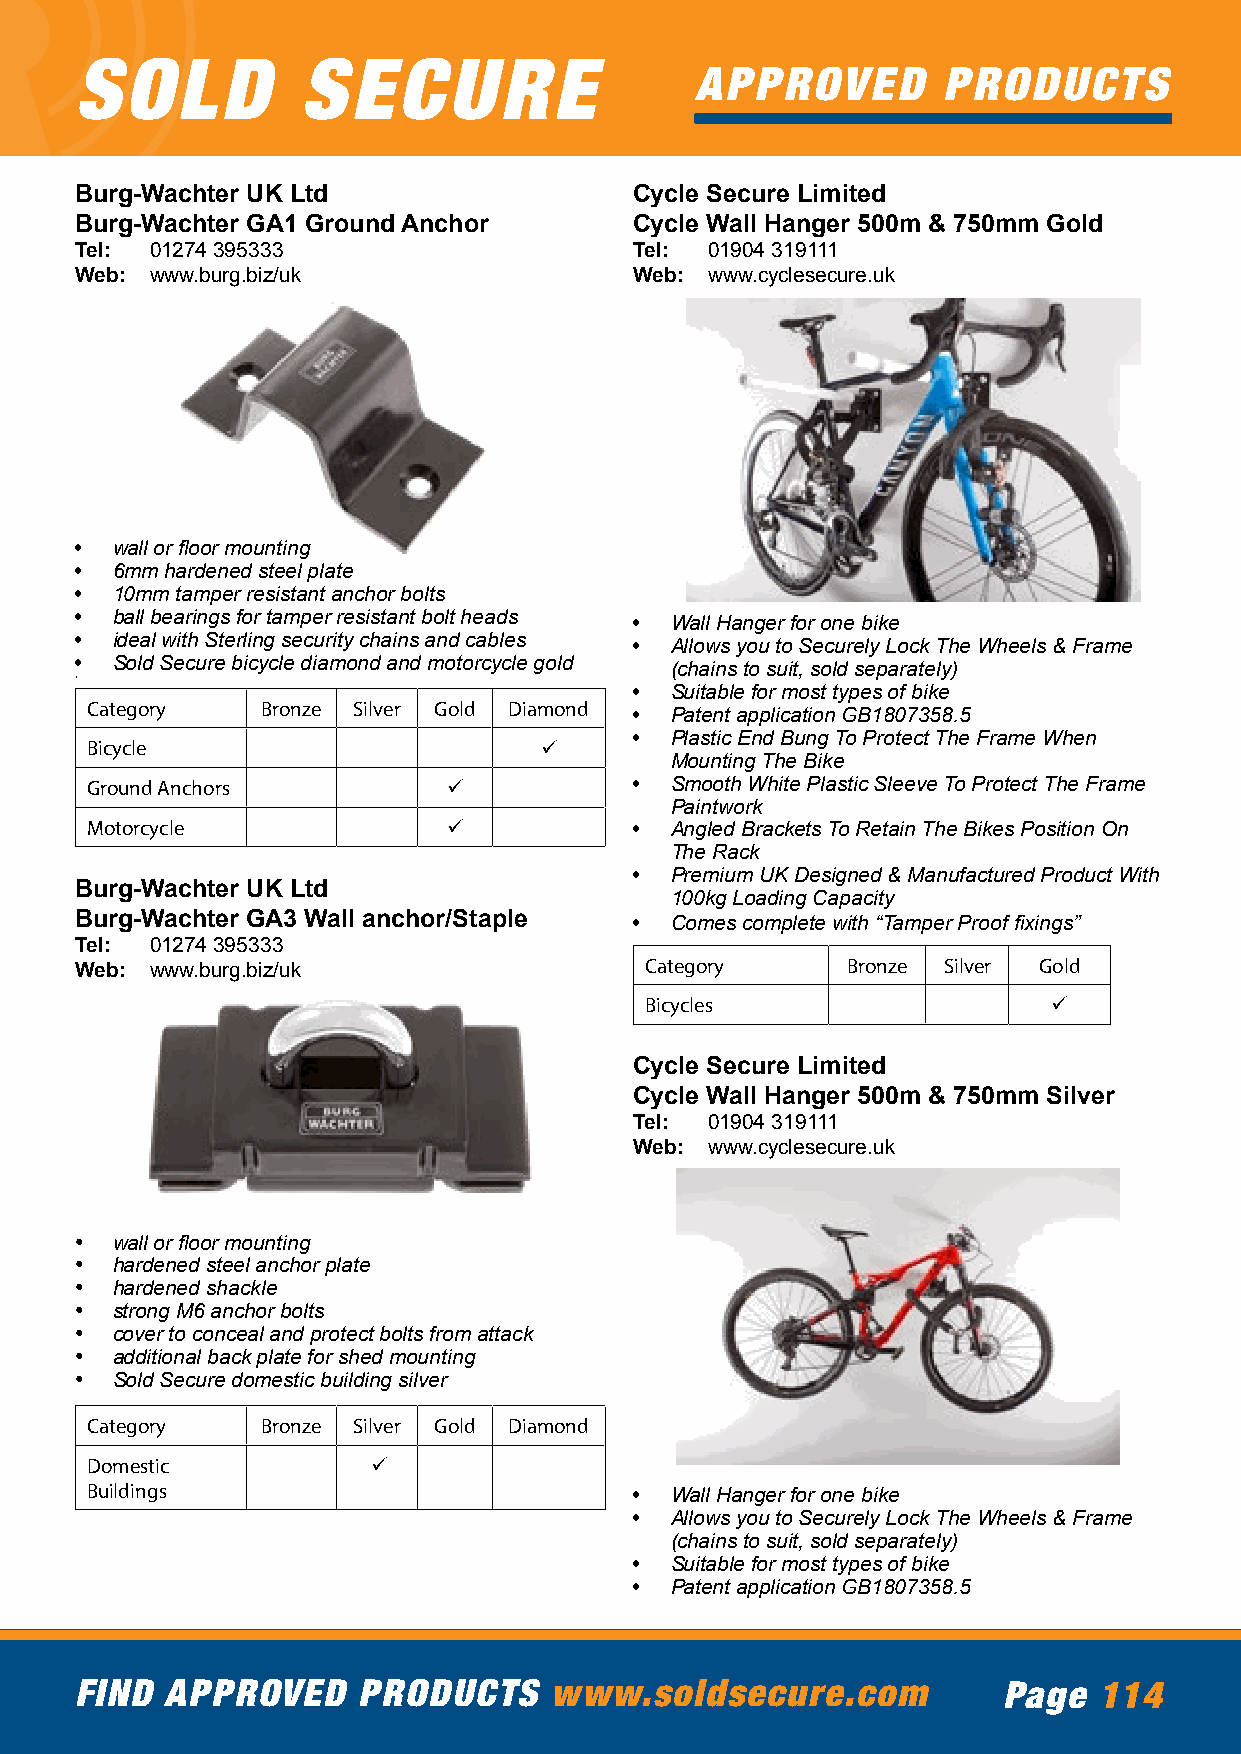
SOLD           SECURE
 APPROVED        PRODUCTS
 Burg-Wachter UK Ltd                  Cycle Secure Limited
 Burg-Wachter GA1 Ground Anchor       Cycle Wall Hanger 500m & 750mm Gold
 Tel: 01274 395333                    Tel: 01904 319111
 Web: www.burg.biz/uk                 Web: www.cyclesecure.uk
 • wall or floor mounting
 • 6mm hardened steel plate
 • 10mm tamper resistant anchor bolts
 • ball bearings for tamper resistant bolt heads • Wall Hanger for one bike
 • ideal with Sterling security chains and cables • Allows you to Securely Lock The Wheels & Frame
 • Sold Secure bicycle diamond and motorcycle gold (chains to suit, sold separately)
 •
 • Suitable for most types of bike
 Category   Bronze Silver Gold Diamond • Patent application GB1807358.5
 • Plastic End Bung To Protect The Frame When
 Bicycle                       ü
 Mounting The Bike
 Ground Anchors          ü           • Smooth White Plastic Sleeve To Protect The Frame
 Paintwork
 Motorcycle              ü           • Angled Brackets To Retain The Bikes Position On
 The Rack
 • Premium UK Designed & Manufactured Product With
 Burg-Wachter UK Ltd
 100kg Loading Capacity
 Burg-Wachter GA3 Wall anchor/Staple  • Comes complete with “Tamper Proof fixings”
 Tel: 01274 395333
 Web: www.burg.biz/uk                  Category     Bronze Silver Gold
 Bicycles                   ü
 Cycle Secure Limited
 Cycle Wall Hanger 500m & 750mm Silver
 Tel: 01904 319111
 Web: www.cyclesecure.uk
 • wall or floor mounting
 • hardened steel anchor plate
 • hardened shackle
 • strong M6 anchor bolts
 • cover to conceal and protect bolts from attack
 • additional back plate for shed mounting
 • Sold Secure domestic building silver
 Category   Bronze Silver Gold Diamond
 Domestic           ü
 Buildings                           • Wall Hanger for one bike
 • Allows you to Securely Lock The Wheels & Frame
 (chains to suit, sold separately)
 • Suitable for most types of bike
 • Patent application GB1807358.5
 FIND  APPROVED     PRODUCTS    www.soldsecure.com            Page   114